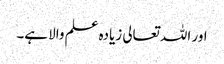
اور اللہ تعالی زیادہ علم والا ہے۔